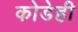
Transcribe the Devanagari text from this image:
कोडेही